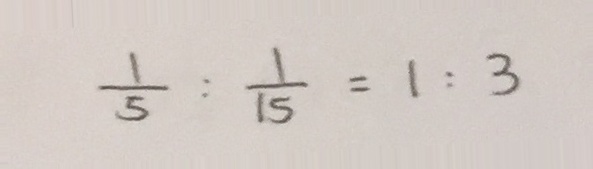
\frac { 1 } { 5 } : \frac { 1 } { 1 5 } = 1 : 3